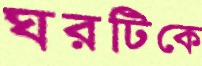
ঘরটিকে